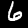
Label: 6